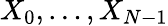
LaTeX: X_{0},\ldots,X_{N-1}